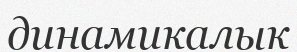
динамикалык